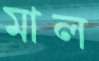
মাল